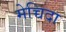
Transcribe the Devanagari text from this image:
मेच्चिदा